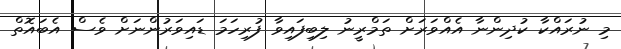
މި ނުރައްކާ ކުދިންނާ އެއްވަރަށް ތަމްރީނު ލިބިފައިވާ ފުރިހަމަ ޑައިވަރުންނަށް ވެސް އެބައޮތް